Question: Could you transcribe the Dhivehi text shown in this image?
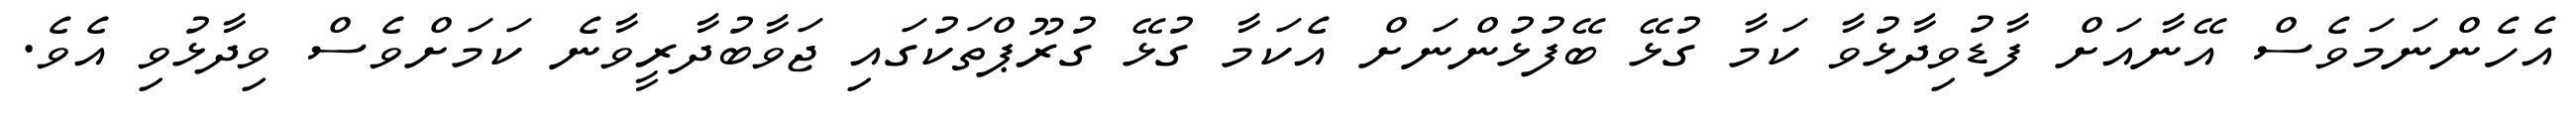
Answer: އެހެންނަމަވެސް އޭނާއަށް ފާޑުވިދާޅުވާ ކަމާ ގުޅޭ ބޭފުޅުންނަށް އެކަމާ ގުޅޭ ގުރޫޕްތަކުގައި ޖަވާބުދާރީވާނެ ކަމަށްވެސް ވިދާޅުވި އެވެ.